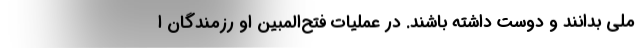
ملی بدانند و دوست داشته باشند. در عملیات فتح‌المبین او رزمندگان ا